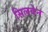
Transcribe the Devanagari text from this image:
सिलवेन